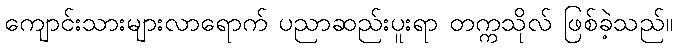
ကျောင်းသားများလာရောက် ပညာဆည်းပူးရာ တက္ကသိုလ် ဖြစ်ခဲ့သည်။